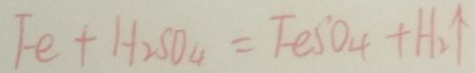
F e + H _ { 2 } S O _ { 4 } = F e S O _ { 4 } + H _ { 2 } \uparrow